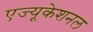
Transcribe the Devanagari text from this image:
एज्यूकेशनल